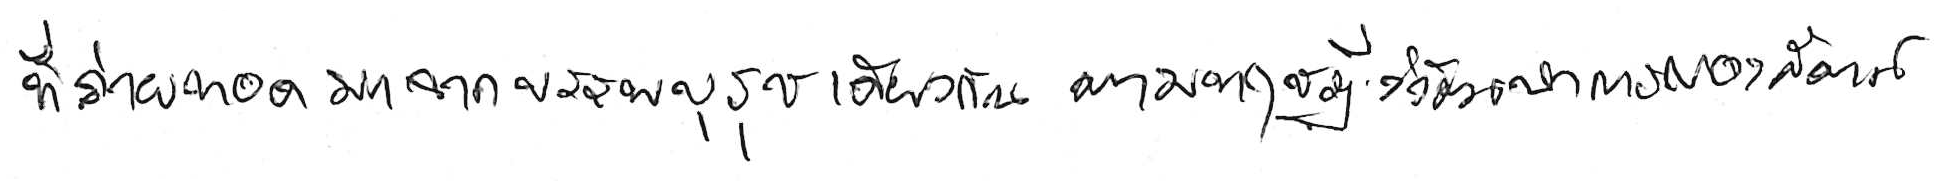
ที่ถ่ายทอดมาจากบรรพบุรุษเดียวกัน ตามทฤษฎีวิวัฒนาการของสัตว์